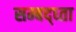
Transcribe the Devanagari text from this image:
सम्बद्ध्ता